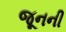
જૂનની